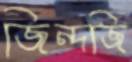
জিন্দজি